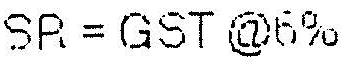
SR = GST @6%